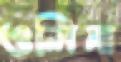
ওলিনা